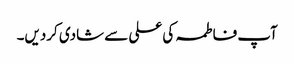
آپ فاطمہ کی علی سے شادی کردیں۔